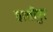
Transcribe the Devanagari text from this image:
वस्तीपुर